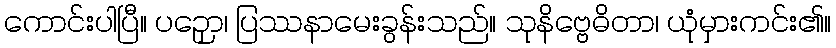
ကောင်းပါပြီ။ ပဉှော၊ ပြဿနာမေးခွန်းသည်။ သုနိဗ္ဗေဓိတာ၊ ယုံမှားကင်း၏။